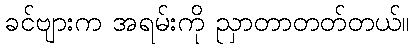
ခင်ဗျားက အရမ်းကို ညှာတာတတ်တယ်။